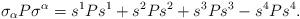
LaTeX: \begin{align*}\sigma_\alpha P\sigma^\alpha=s^1Ps^1+s^2Ps^2+s^3Ps^3-s^4Ps^4.\end{align*}